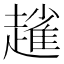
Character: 𧽟